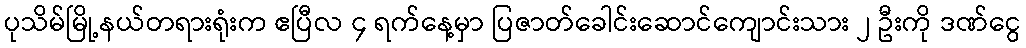
ပုသိမ်မြို့နယ်တရားရုံးက ဧပြီလ ၄ ရက်နေ့မှာ ပြဇာတ်ခေါင်းဆောင်ကျောင်းသား ၂ ဦးကို ဒဏ်ငွေ